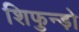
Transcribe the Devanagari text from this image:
शिफुन्ड़ो